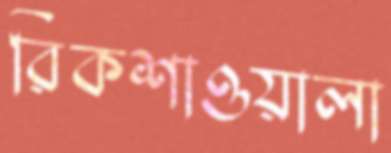
রিকশাওয়ালা